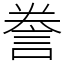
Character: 誊